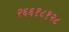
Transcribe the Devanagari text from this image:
२६६१८१२८